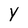
Character: y